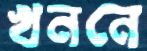
খননে